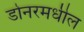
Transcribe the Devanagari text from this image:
डोनरमधील